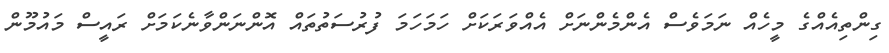
ގިންތިއެއްގެ މީހެއް ނަމަވެސް އެންމެންނަށް އެއްވަރަކަށް ހަމަހަމަ ފުރުސަތުތައް އޮންނަންވާނެކަމަށް ރައީސް މައުމޫން